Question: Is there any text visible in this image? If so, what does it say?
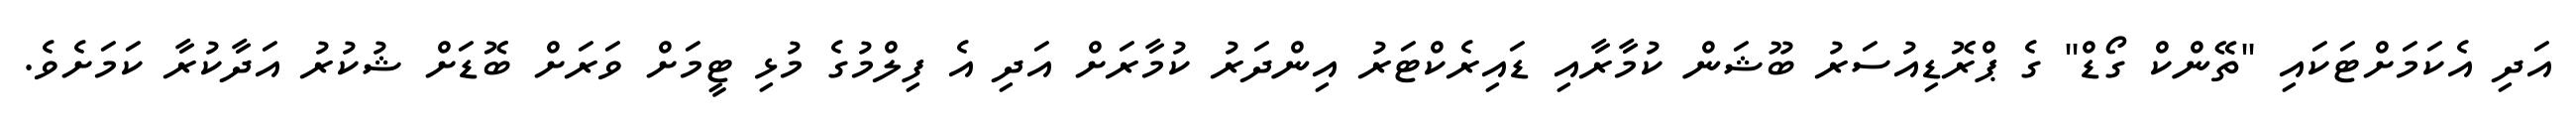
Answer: އަދި އެކަމަށްޓަކައި "ތޭންކް ގޯޑް" ގެ ޕްރޮޑިއުސަރު ބޫޝަން ކުމާރާއި ޑައިރެކްޓަރު އިންދަރު ކުމާރަށް އަދި އެ ފިލްމުގެ މުޅި ޓީމަށް ވަރަށް ބޮޑަށް ޝުކުރު އަދާކުރާ ކަމަށެވެ.